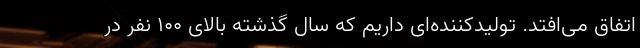
اتفاق می‌افتد. تولیدکننده‌ای داریم که سال گذشته بالای 100 نفر در